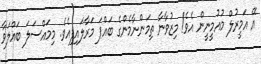
އޭ އަމީރުލް މުއުމީނީން އެވެ! މިޒުވާނާ ތިމަންނާމެންގެ ބައްޕަ މަރާލައިފިއެވެ. މިމައްސަލަ ބައްލަވާ